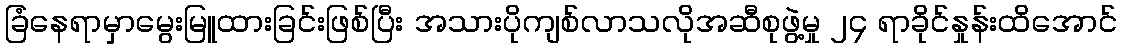
ခြံနေရာမှာမွေးမြူထားခြင်းဖြစ်ပြီး အသားပိုကျစ်လာသလိုအဆီစုဖွဲ့မှု ၂၄ ရာခိုင်နှုန်းထိအောင်